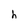
Character: h